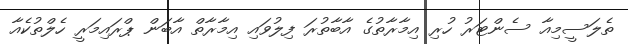
ތެލަސީމިއާ ސެންޓަރު ހުރި އިމާރާތުގެ އާބާތުރަ ފިލުވައި އިމާރާތް އާބަން ޕްރައިމަރީ ހެލްތުކެއާ